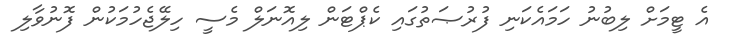
އެ ޓީމަށް ލިބުނު ހަމައެކަނި ފުރުޞަތުގައި ކެޕްޓަން ލިއޮނަލް މެސީ ހިލޭޖެހުމަކުން ފޮނުވާލި